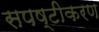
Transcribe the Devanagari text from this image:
सपष्टीकरण